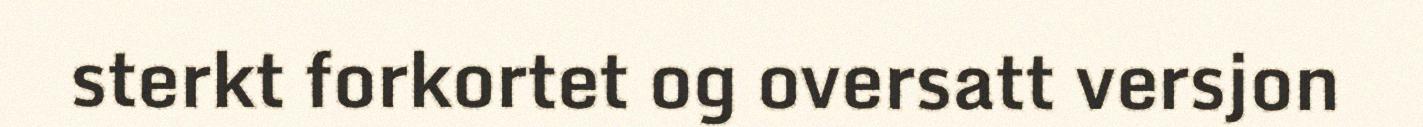
sterkt forkortet og oversatt versjon